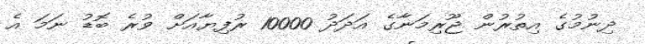
ދިނުމުގެ އިތުރުން ޖޫރިމަނާގެ އަދަދު 10000 ރުފިޔާއަށް ވުރެ ބޮޑު ނަމަ އެ